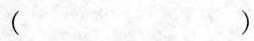
()